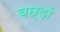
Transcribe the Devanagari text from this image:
बछ्ड़ों